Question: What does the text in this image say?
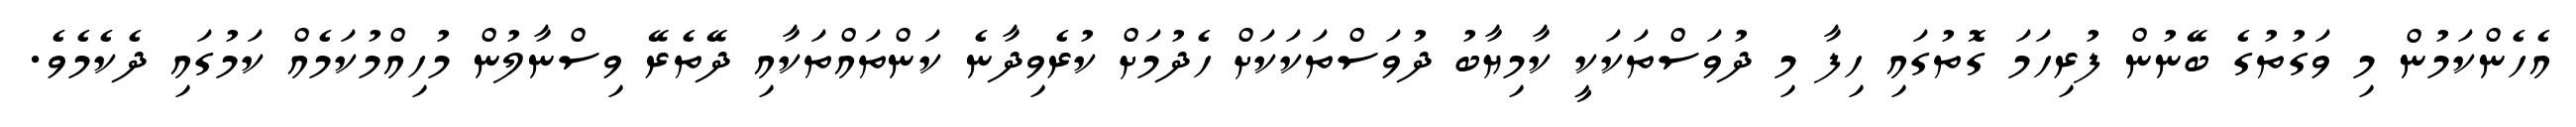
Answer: އެހެންކަމުން މި ވަގުތުގެ ބޭނުން ފުރިހަމަ ގޮތުގައި ހިފާ މި ދުވަސްތަކަކީ ކާމިޔާބު ދުވަސްތަކަކަށް ހެދުމަށް ކުރެވިދާނެ ކަންތައްތަކާއި ދޭތެރޭ ވިސްނާލުން މުހިއްމުކަމެއް ކަމުގައި ދެކެމެވެ.